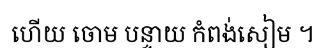
ហើយ ចោម បន្ទាយ កំពង់សៀម ។